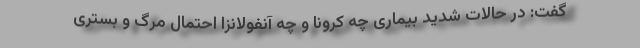
گفت: در حالات شدید بیماری چه کرونا و چه آنفولانزا احتمال مرگ و بستری